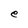
Character: e